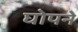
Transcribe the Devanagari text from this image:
घोपने